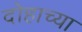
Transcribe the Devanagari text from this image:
दोहाच्या